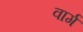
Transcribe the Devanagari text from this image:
वार्ग